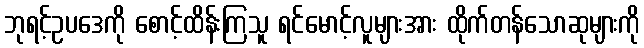
ဘုရင့်ဥပဒေကို စောင့်ထိန်းကြသူ ရင်မောင့်လူများအား ထိုက်တန်သောဆုများကို